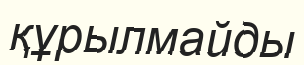
құрылмайды